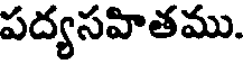
పద్యసహితము.